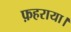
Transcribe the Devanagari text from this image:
फ़हराया।